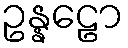
ဥန္နဠော